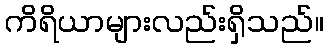
ကိရိယာများလည်းရှိသည်။